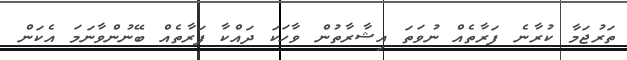
ތަރުޖަމާ ކުރާނެ ފަރާތެއް ނުވަތަ އިޝާރާތުން ވާހަކަ ދައްކާ ފަރާތެއް ބޭނުންވާނަމަ އެކަން